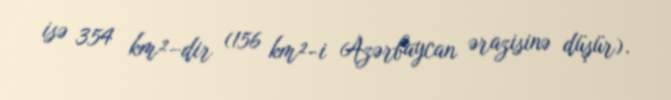
isə 354 km²–dir (156 km²-i Azərbaycan ərazisinə düşür).